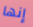
إنها